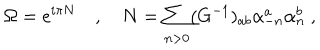
\Omega = e ^ { i \pi N } \quad , \quad N = \sum _ { n > 0 } ( G ^ { - 1 } ) _ { a b } \alpha _ { - n } ^ { a } \alpha _ { n } ^ { b } \ ,